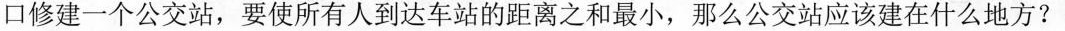
口修建一个公交站，要使所有人到达车站的距离之和最小，那么公交站应该建在什么地方?